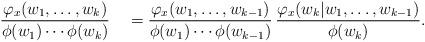
LaTeX: \begin{align*}\frac{\varphi_x(w_1,\dots,w_k)}{ \phi(w_1)\cdots\phi(w_k) }\quad=\frac{\varphi_x(w_1,\dots,w_{k-1})}{ \phi(w_1)\cdots\phi(w_{k-1}) }\,\frac{\varphi_x(w_k|w_1,\dots, w_{k-1})}{\phi(w_k)}.\end{align*}